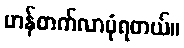
မာန်တက်လာပုံရတယ်။